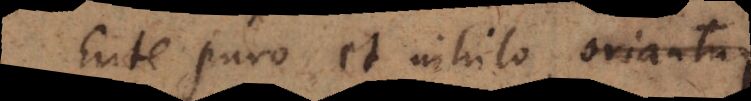
Ente et nihilo oriantur